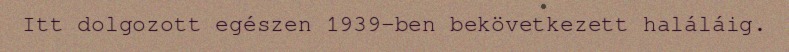
Itt dolgozott egészen 1939-ben bekövetkezett haláláig.